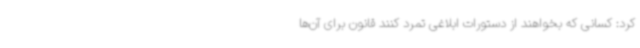
کرد: کسانی که بخواهند از دستورات ابلاغی تمرد کنند قانون برای آن‌ها